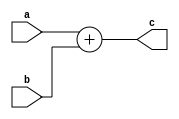
//////////////////////////////////////////////////////////////////////////////////
// Company: 
// 
// Design Name: 
// Module Name:    Adder8bit.v 
// Project Name: 	Filter8bit
// Target Devices: 
// Tool versions: 
// Description: 8-bit fixed-point adder
//
// Dependencies: 
//
// Revision: 
// Revision 0.01 - File Created
// Additional Comments: 
//
//////////////////////////////////////////////////////////////////////////////////

`timescale 1ns / 1ps

module Adder8bit(a, b, c);
	
	input [7:0] a, b;
	output [7:0] c;
	reg [7:0] c;

	always @ (a or b) begin
		c <= a + b;
	end
	
endmodule